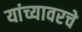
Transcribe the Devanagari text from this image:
यांच्यावरचे